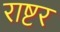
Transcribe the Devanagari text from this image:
राष्टर